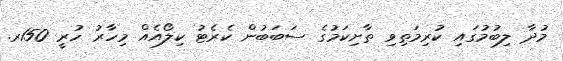
މުދާ ލިބުމުގައި ކުރިމަތިވި ތާށިކަމުގެ ސަބަބުން ކެރެޓު ކިލޯއެއް މިހާރު ހުރީ 150ރ.